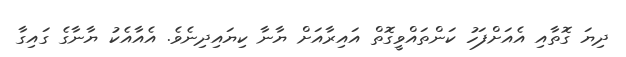
ދިޔަ ގޮތާއި އެއަށްފަހު ކަންތައްވީގޮތް އައިރާއަށް ޔާނާ ކިޔައިދިނެވެ. އެއާއެކު ޔާނާގެ ގައިގާ